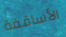
الأساقفة